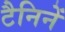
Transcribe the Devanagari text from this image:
टैनिनें